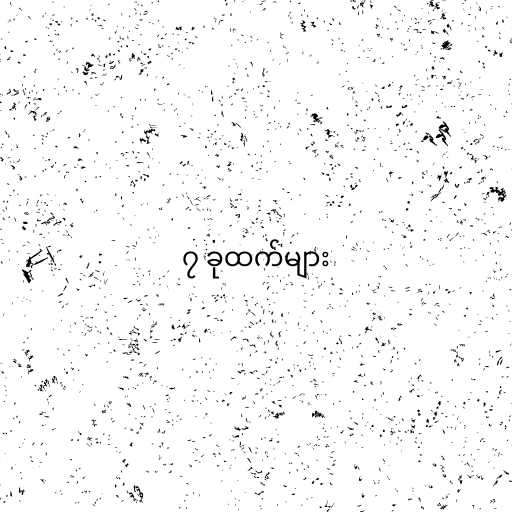
၇ ခုထက်များ